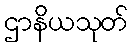
ဌာနိယသုတ်